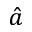
\hat { a }